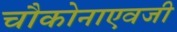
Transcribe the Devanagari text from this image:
चौकोनाएवजी